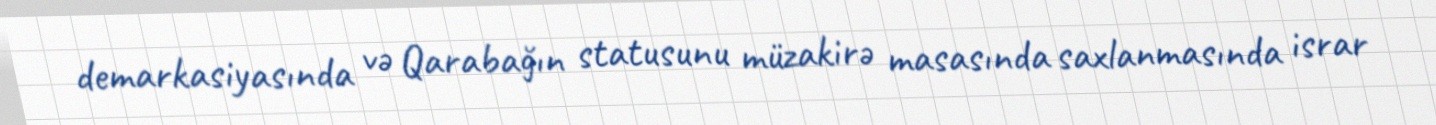
demarkasiyasında və Qarabağın statusunu müzakirə masasında saxlanmasında israr